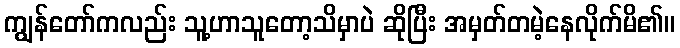
ကျွန်တော်ကလည်း သူ့ဟာသူတော့သိမှာပဲ ဆိုပြီး အမှတ်တမဲ့နေလိုက်မိ၏။